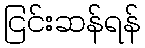
ငြင်းဆန်ရန်